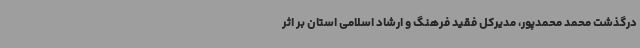
درگذشت محمد محمدپور، مدیرکل فقید فرهنگ و ارشاد اسلامی استان بر اثر